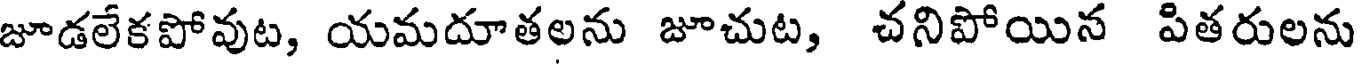
జూడలేకపోవుట, యమదూతలను జూచుట, చనిపోయిన పితరులను